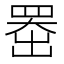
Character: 𫥨